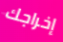
إخراجك